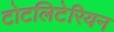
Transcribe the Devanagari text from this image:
टोटलिटेरियन